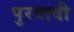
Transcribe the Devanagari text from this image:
पुरवावी